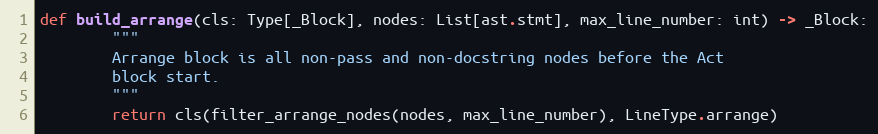
Language: Python
def build_arrange(cls: Type[_Block], nodes: List[ast.stmt], max_line_number: int) -> _Block:
        """
        Arrange block is all non-pass and non-docstring nodes before the Act
        block start.
        """
        return cls(filter_arrange_nodes(nodes, max_line_number), LineType.arrange)